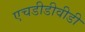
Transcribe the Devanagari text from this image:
एचडीडीवीडी